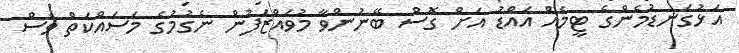
އަޅުގަނޑުމެންގެ ޓީމެއް އައްޑު އަށް ގޮސް ބޭނުންވާ މުވައްޒަފުން ނެގުމުގެ މަސައްކަތް ވެސް